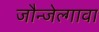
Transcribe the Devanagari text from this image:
जौन्जेल्गावा